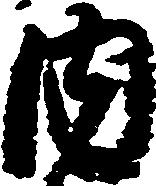
内